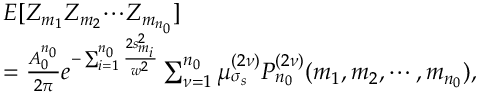
\begin{array} { r l } & { E [ Z _ { m _ { 1 } } Z _ { m _ { 2 } } { \cdots } Z _ { m _ { n _ { 0 } } } ] } \\ & { = \frac { A _ { 0 } ^ { n _ { 0 } } } { 2 \pi } e ^ { - \sum _ { i = 1 } ^ { n _ { 0 } } \frac { 2 s _ { m _ { i } } ^ { 2 } } { w ^ { 2 } } } \sum _ { \nu = 1 } ^ { n _ { 0 } } \mu _ { \sigma _ { s } } ^ { ( 2 \nu ) } P _ { n _ { 0 } } ^ { ( 2 \nu ) } ( m _ { 1 } , m _ { 2 } , \cdots , m _ { n _ { 0 } } ) , } \end{array}